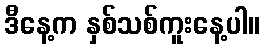
ဒီနေ့က နှစ်သစ်ကူးနေ့ပါ။